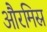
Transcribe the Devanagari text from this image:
औरमिस्र